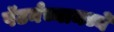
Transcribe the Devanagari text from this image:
पॅटर्नच्यामध्ये